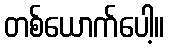
တစ်ယောက်ပေါ့။